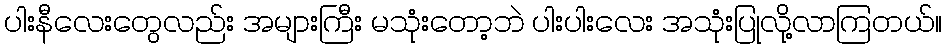
ပါးနီလေးတွေလည်း အများကြီး မသုံးတော့ဘဲ ပါးပါးလေး အသုံးပြုလို့လာကြတယ်။